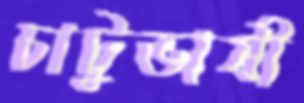
চাটুভাষী